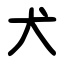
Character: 犬